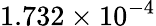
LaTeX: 1.732\times 10^{-4}